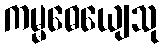
ကမ္မဓေယျေသု